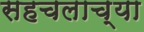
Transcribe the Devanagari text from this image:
सहचलाच्या